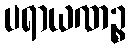
ပရာယဏဉ္စ